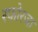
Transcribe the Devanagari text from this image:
स्फोरजा